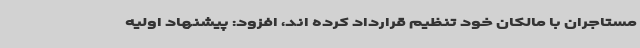
مستاجران با مالکان خود تنظیم قرارداد کرده اند، افزود: پیشنهاد اولیه